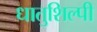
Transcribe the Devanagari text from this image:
धातुशिल्पी